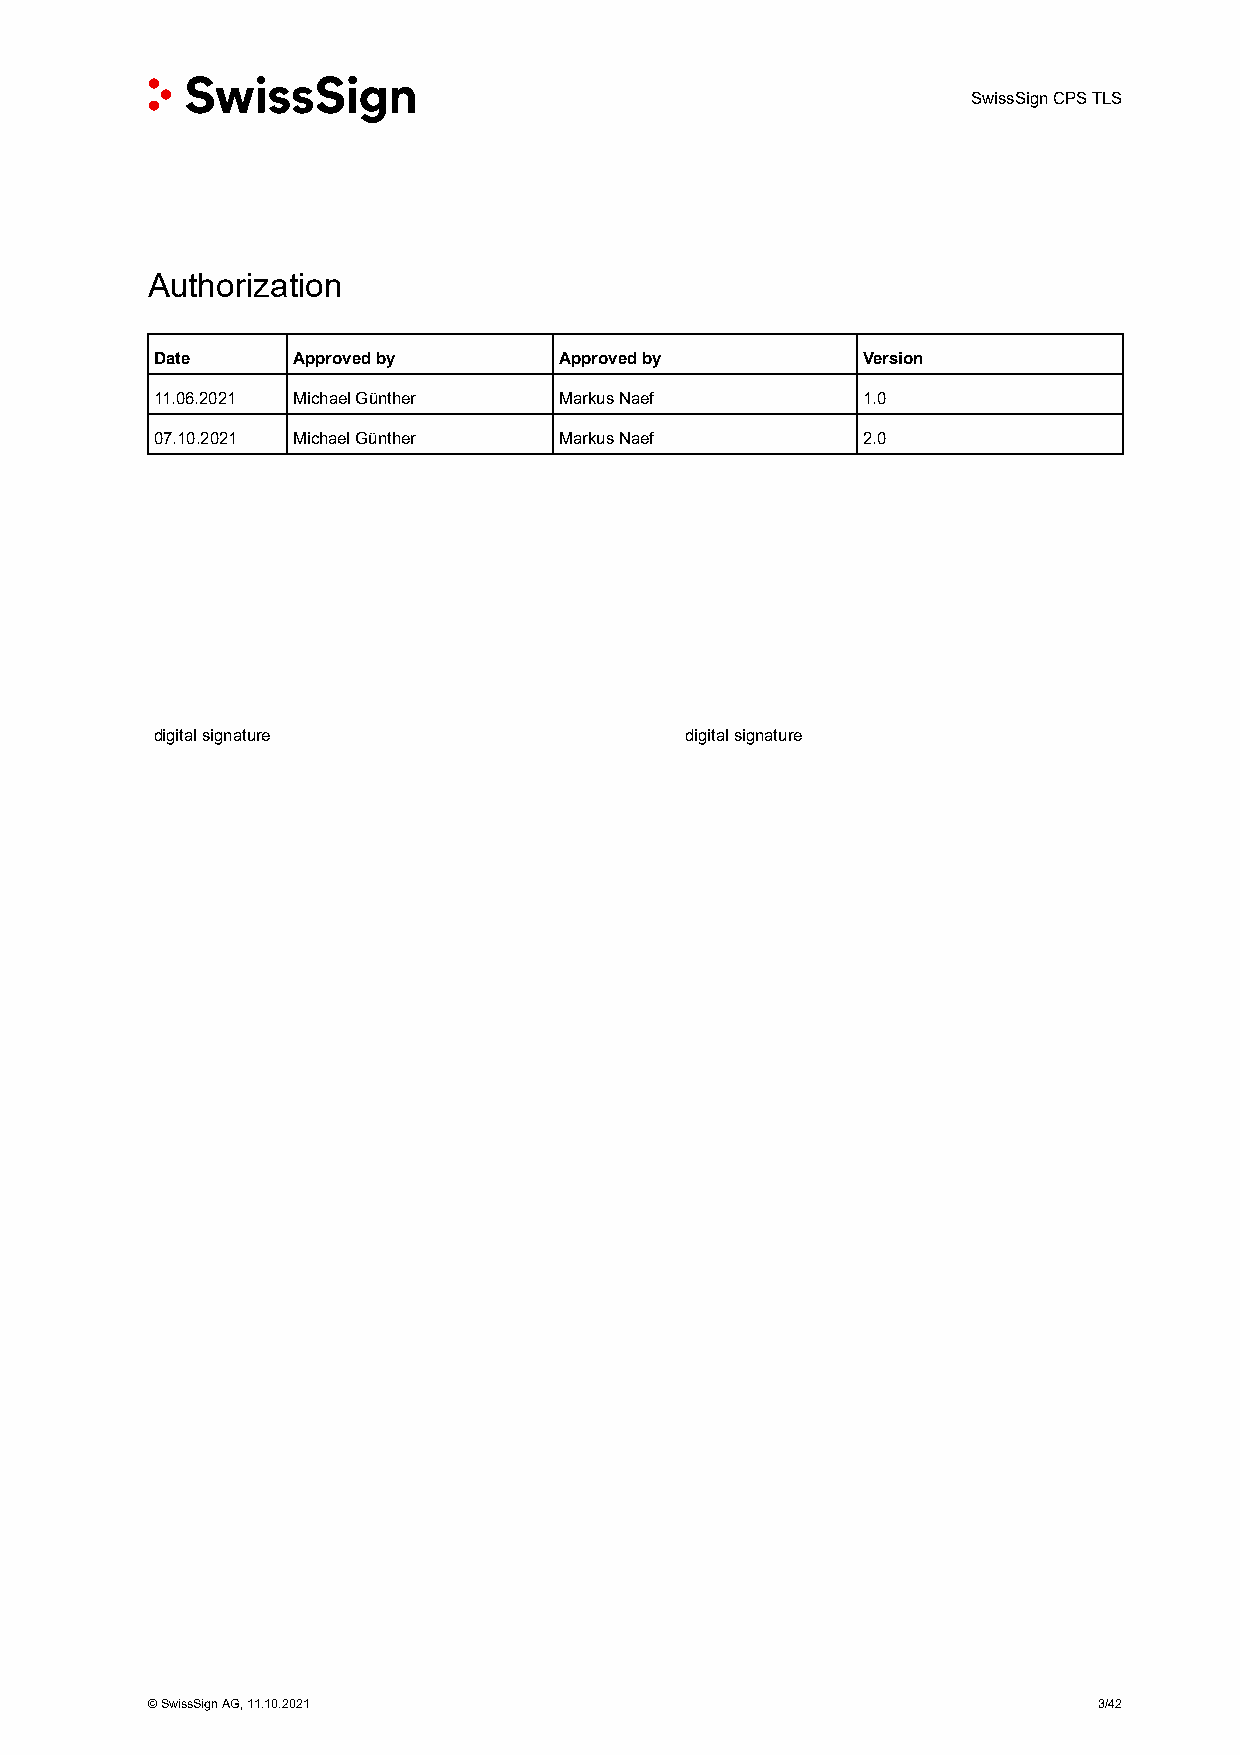
SwissSign CPS TLS
 Authorization
 Date     Approved by       Approved by         Version
 11.06.2021 Michael Günther Markus Naef         1.0
 07.10.2021 Michael Günther Markus Naef         2.0
 digital signature                  digital signature
 © SwissSign AG, 11.10.2021                                     3/42